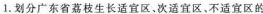
1.划分广东省荔枝生长适宜区、次适宜区，不适宜区的